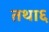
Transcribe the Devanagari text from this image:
तथा६